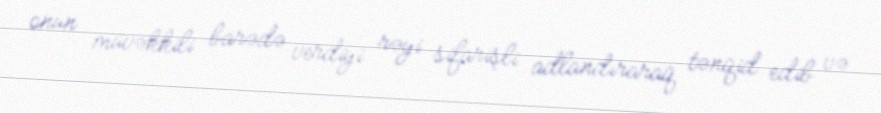
onun müvəkkili barədə verdiyi rəyi sifarişli adlandıraraq tənqid edib və